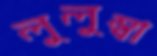
লুলুম্বা